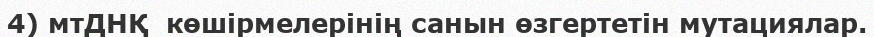
4) мтДНҚ  көшірмелерінің санын өзгертетін мутациялар.